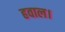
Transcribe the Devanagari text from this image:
हवाल।